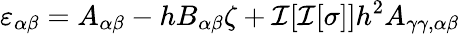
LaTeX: \varepsilon_{\alpha\beta}=A_{\alpha\beta}-hB_{\alpha\beta}\zeta+\mathcal{I}[\mathcal{I}[\sigma]]h^{2}A_{\gamma\gamma,\alpha\beta}